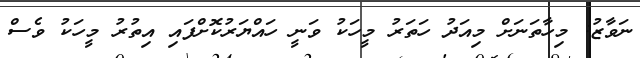
ނަވާޒު: މިހާތަނަށް މިއަދު ހަތަރު މީހަކު ވަނީ ހައްޔަރުކޮށްފައި އިތުރު މީހަކު ވެސް